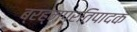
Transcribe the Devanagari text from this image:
ब्रह्मप्रतिपादक